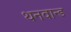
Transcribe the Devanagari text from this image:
थनवान्ड